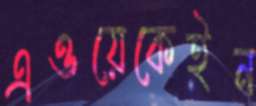
এওয়েকেইন